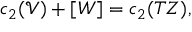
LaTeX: c _ { 2 } ( \mathcal { V } ) + [ W ] = c _ { 2 } ( T Z ) ,